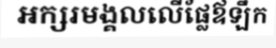
អក្សរមង្គលលើផ្លែឪឡឹក